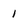
Character: 1